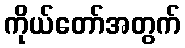
ကိုယ်တော်အတွက်